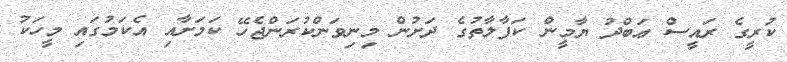
ކުރީގެ ރައީސް ޢަބްދު ޔާމީން ކަފާލާތުގެ ދަށުން މިނިވަންކުރަންޖެހޭ ކަމަށާއި އެކަމުގައި މީހަކު